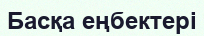
Басқа еңбектері